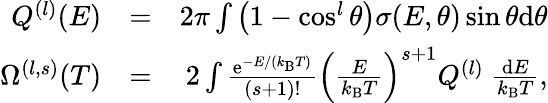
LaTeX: \begin{array}{rlr}{Q^{(l)}(E)}&{=}&{2\pi\int\left(1-\cos^{l}\theta\right)\sigma(E,\theta)\sin\theta\mathrm{d}\theta}\\ {\Omega^{(l,s)}(T)}&{=}&{2\int\frac{\mathrm{e}^{-E/(k_{\mathrm{B}}T)}}{(s+1)!}\left(\frac{E}{k_{\mathrm{B}}T}\right)^{s+1}Q^{(l)}~\frac{\mathrm{d}E}{k_{\mathrm{B}}T},}\end{array}